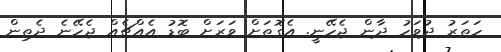
ހަތަރު ދުވަހު ދާން ޖެހޭނީ. އެގޮތަށް ވަރަށް ބޮޑު އެއްޗެއް ޖެހޭނެ ދެތިން